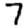
Digit: 7